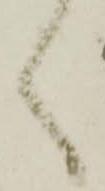
く